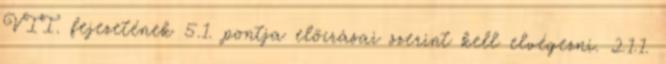
VII. fejezetének 5.1. pontja elõírásai szerint kell elvégezni. 2.1.1.